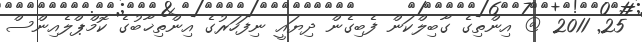
25